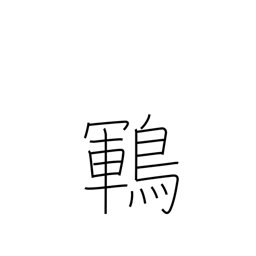
Meaning: type of black songbird